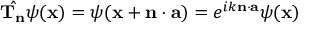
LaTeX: { \hat { \mathbf { T _ { n } } } } \psi ( \mathbf { x } ) = \psi ( \mathbf { x } + \mathbf { n } \cdot \mathbf { a } ) = e ^ { i k \mathbf { n } \cdot \mathbf { a } } \psi ( \mathbf { x } )